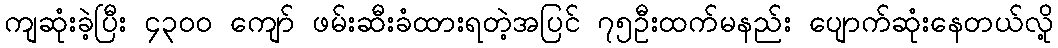
ကျဆုံးခဲ့ပြီး ၄၃၀၀ ကျော် ဖမ်းဆီးခံထားရတဲ့အပြင် ၇၅ဦးထက်မနည်း ပျောက်ဆုံးနေတယ်လို့